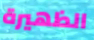
الظهيرة